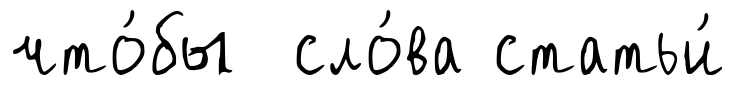
что́бы сло́ва статьи́